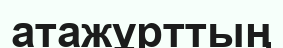
атажұрттың